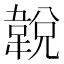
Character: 𩎰